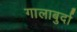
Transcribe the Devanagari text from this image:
गालाबुर्दा